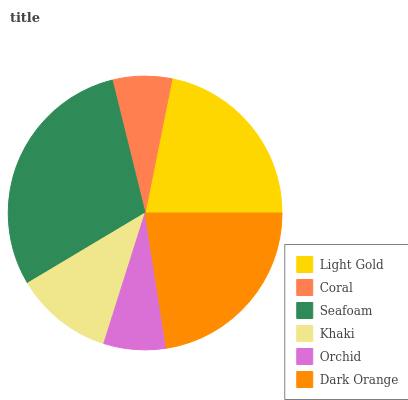
| Light Gold | Coral | Seafoam | Khaki | Orchid | Dark Orange |
 | --- | --- | --- | --- | --- | --- |
 | 21.8% | 7% | 29.7% | 11.5% | 7.35% | 22.6% |